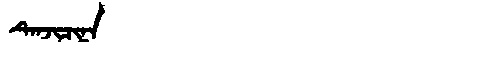
Manchu: ᡨᡝᠨᠵᡳᠴᡳᠨᠠ
Romanization: TENJICINA